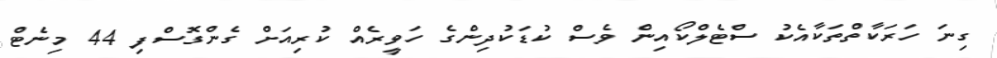
ގިނަ ހަރަކާތްތަކާއެކު ސްޓެލްކޯއިން ވެސް ކުޑަކުދިންގެ ހަވީރެއް ކުރިއަށް ގެންގޮސްފި 44 މިނެޓް